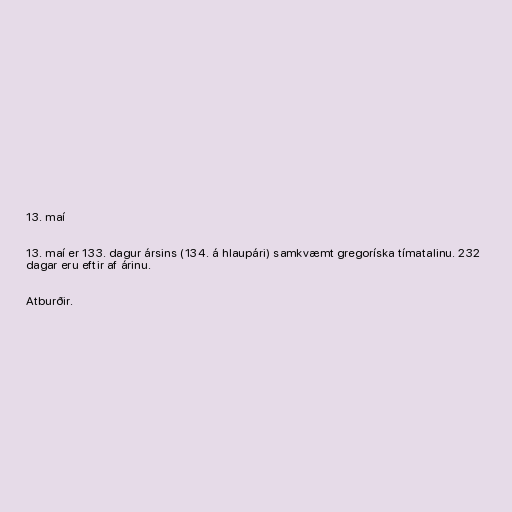
13. maí

13. maí er 133. dagur ársins (134. á hlaupári) samkvæmt gregoríska tímatalinu. 232
dagar eru eftir af árinu.

Atburðir.